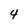
Character: 4